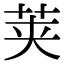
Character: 荚